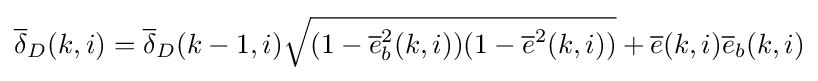
{\overline {\delta }}_{D}(k,i)={\overline {\delta }}_{D}(k-1,i){\sqrt {(1-{\overline {e}}_{b}^{2}(k,i))(1-{\overline {e}}^{2}(k,i))}}+{\overline {e}}(k,i){\overline {e}}_{b}(k,i)